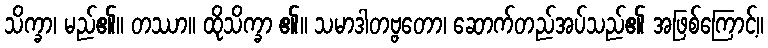
သိက္ခာ၊ မည်၏။ တဿာ။ ထိုသိက္ခာ ၏။ သမာဒါတဗ္ဗတော၊ ဆောက်တည်အပ်သည်၏ အဖြစ်ကြောင့်။